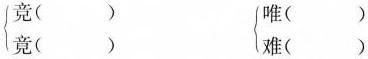
\left \{竞( ) 唯( )|竟( ）难( )